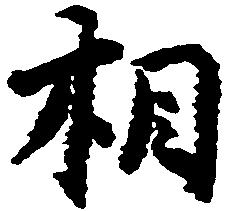
相